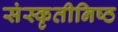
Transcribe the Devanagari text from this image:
संस्कृतीनिष्ठ